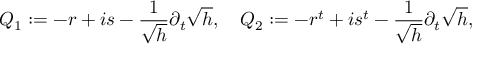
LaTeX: Q _ { 1 } : = - r + i s - \frac { 1 } { \sqrt { h } } \partial _ { t } \sqrt { h } , \quad Q _ { 2 } : = - r ^ { t } + i s ^ { t } - \frac { 1 } { \sqrt { h } } \partial _ { t } \sqrt { h } ,